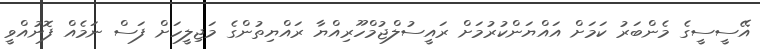
އޭސީސީގެ މެންބަރު ކަމަށް އައްޔަންކުރުމަށް ރައީސުލްޖުމްހޫރިއްޔާ ރައްޔިތުންގެ މަޖިލީހަށް ފަސް ނަމެއް ފޮނުއްވީ